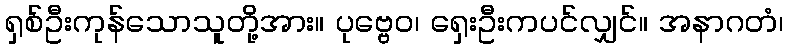
ရှစ်ဦးကုန်သောသူတို့အား။ ပုဗ္ဗေဝ၊ ရှေးဦးကပင်လျှင်။ အနာဂတံ၊